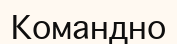
Командно